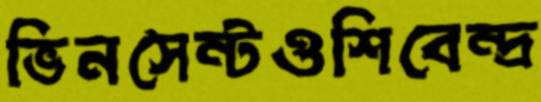
ভিনসেন্টওশিবেন্দ্র